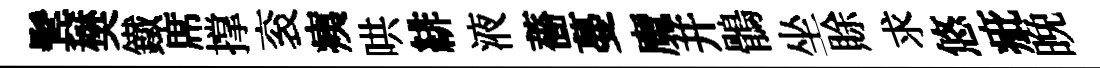
鬂樊鐵席撑衮痍哄緋液薔蔓魔并鶻坐賖求悠疵晩